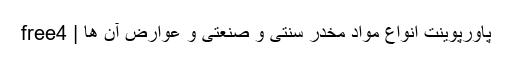
پاورپوینت انواع مواد مخدر سنتی و صنعتی و عوارض آن ها | free4